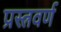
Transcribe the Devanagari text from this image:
प्रस्त्रवर्ण